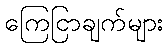
ကြေငြာချက်များ